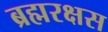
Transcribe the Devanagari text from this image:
ब्रह्मरक्षस